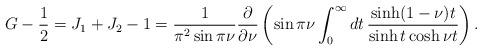
LaTeX: \begin{align*}G-{1\over2}=J_1+J_2-1=\frac{1}{\pi^2\sin\pi\nu}\frac{\partial}{\partial\nu}\left(\sin\pi\nu\int_0^\infty dt\, \frac{\sinh(1-\nu)t}{\sinh t\cosh\nu t}\right).\end{align*}